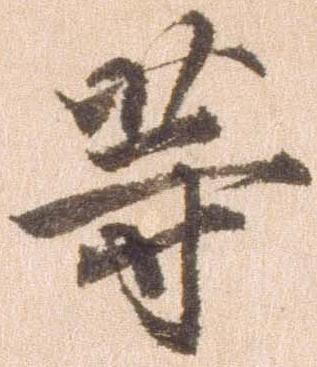
等